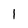
Character: l